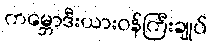
ကမ္ဘောဒီးယားဝန်ကြီးချုပ်